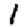
Digit: 1